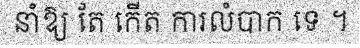
នាំឱ្យ តែ កើត ការលំបាក ទេ ។